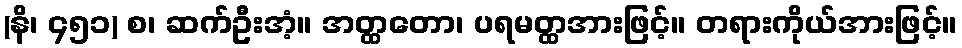
(နိ၊ ၄၅၁) စ၊ ဆက်ဦးအံ့။ အတ္ထတော၊ ပရမတ္ထအားဖြင့်။ တရားကိုယ်အားဖြင့်။